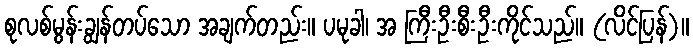
စုလစ်မွန်းချွန်တပ်သော အချက်တည်း။ ပမုခါ၊ အ ကြီးဦးစီးဦးကိုင်သည်။ (လိင်ပြန်)။